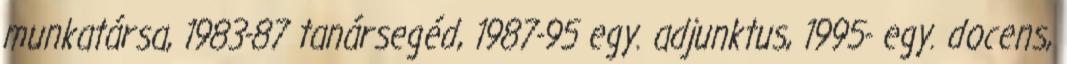
munkatársa, 1983-87 tanársegéd, 1987-95 egy. adjunktus, 1995- egy. docens,